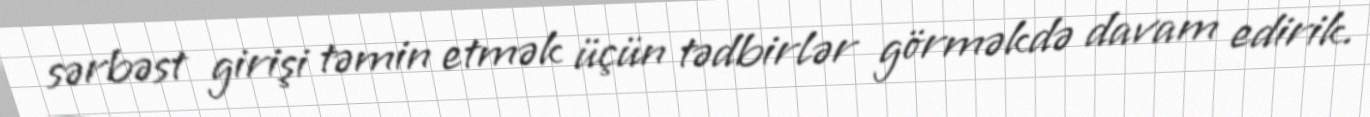
sərbəst girişi təmin etmək üçün tədbirlər görməkdə davam edirik.